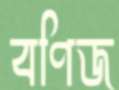
বণিজ